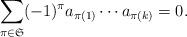
LaTeX: \begin{align*}\sum_{\pi\in\mathfrak S}(-1)^\pi a_{\pi(1)}\cdots a_{\pi(k)}=0.\end{align*}